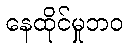
နေထိုင်မှုဘဝ